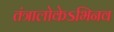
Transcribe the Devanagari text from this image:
तंत्रालोकेऽभिनव